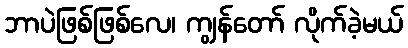
ဘာပဲဖြစ်ဖြစ်လေ၊ ကျွန်တော် လိုက်ခဲ့မယ်